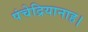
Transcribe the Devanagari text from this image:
पंचेद्रियानाह।